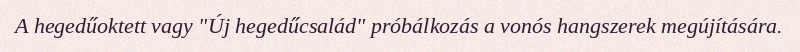
A hegedűoktett vagy "Új hegedűcsalád" próbálkozás a vonós hangszerek megújítására.